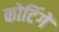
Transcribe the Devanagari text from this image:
कोटिंगें